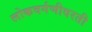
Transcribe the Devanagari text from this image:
लोकवर्गणीवरती